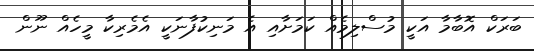
ބަރަކް އޮބާމާ އަކީ މުސްލިމެއް ކަމަށާއި އެ މަނިކުފާނަކީ އެމެރިކާ މީހެއް ނޫން